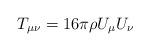
LaTeX: \begin{align*}T_{\mu \nu} = 16 \pi \rho U_{\mu} U_{\nu}\end{align*}